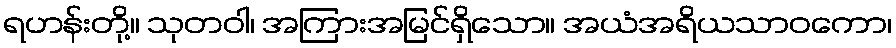
ရဟန်းတို့။ သုတဝါ၊ အကြားအမြင်ရှိသော။ အယံအရိယသာဝကော၊